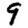
Digit: 9